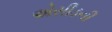
એસીડની